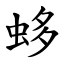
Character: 蛥